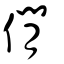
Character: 僩